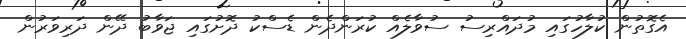
އެގޮތުން ކުލާހުގައި މުދައްރިސު ސުވާލެއް ކުރަންދެން ޑެސްކު ދޮށުގައި ޖަވާބު ދޭން ދަރިވަރުން